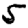
Digit: 5